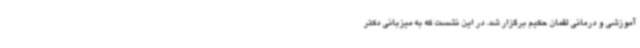
آموزشی و درمانی لقمان حکیم برگزار شد. در این نشست که به میزبانی دکتر